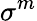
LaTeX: \sigma^{m}